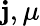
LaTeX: \mathbf{j},\mu